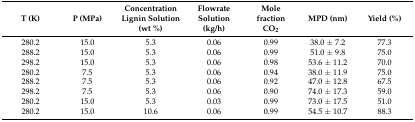
| T (K) | P (MPa) | Concentration Lignin Solution (wt %) | Flowrate Solution (kg/h) | Mole fraction CO2 | MPD (nm) | Yield (%) |
 | --- | --- | --- | --- | --- | --- | --- |
 | 280.2 | 15.0 | 5.3 | 0.06 | 0.99 | 38.0 ± 7.2 | 77.3 |
 | 288.2 | 15.0 | 5.3 | 0.06 | 0.99 | 51.0 ± 9.8 | 75.0 |
 | 298.2 | 15.0 | 5.3 | 0.06 | 0.98 | 53.6 ± 11.2 | 70.0 |
 | 280.2 | 7.5 | 5.3 | 0.06 | 0.94 | 38.0 ± 11.9 | 75.0 |
 | 288.2 | 7.5 | 5.3 | 0.06 | 0.92 | 47.0 ± 12.8 | 67.5 |
 | 298.2 | 7.5 | 5.3 | 0.06 | 0.90 | 74.0 ± 17.3 | 59.0 |
 | 280.2 | 15.0 | 5.3 | 0.03 | 0.99 | 73.0 ± 17.5 | 51.0 |
 | 280.2 | 15.0 | 10.6 | 0.06 | 0.99 | 54.5 ± 10.7 | 88.3 |